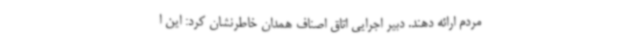
مردم ارائه دهند. دبیر اجرایی اتاق اصناف همدان خاطرنشان کرد: این ا